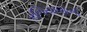
રળિયાણાની